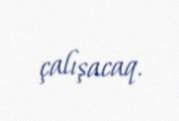
çalışacaq.